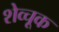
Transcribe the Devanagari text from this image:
शेव्चूक